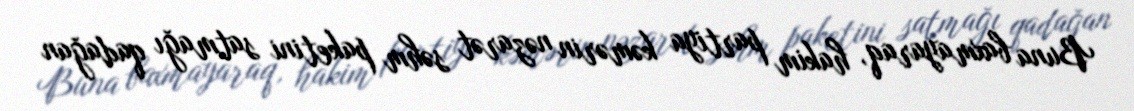
Buna baxmayaraq, hakim partiya kəmərin nəzarət səhm paketini satmağı qadağan